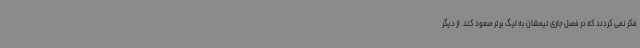
فکر نمی کردند که در فصل جاری تیمشان به لیگ برتر صعود کند. از دیگر